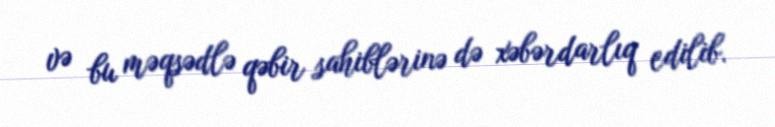
və bu məqsədlə qəbir sahiblərinə də xəbərdarlıq edilib.